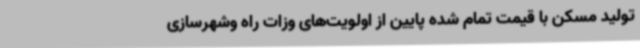
تولید مسکن با قیمت تمام شده پایین از اولویت‌های وزات راه وشهرسازی